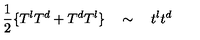
\frac { 1 } { 2 } \{ T ^ { l } T ^ { d } + T ^ { d } T ^ { l } \} \quad \sim \quad t ^ { l } t ^ { d }